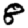
Digit: 8